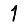
Digit: 1